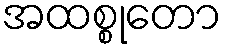
အထစ္စုတော